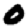
Digit: 0